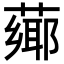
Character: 𦼅